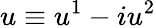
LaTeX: u\equiv u^{1}-iu^{2}